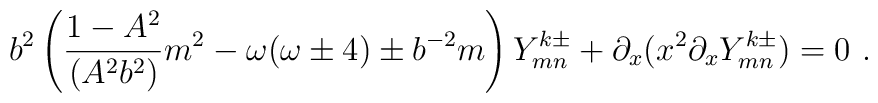
b^2 \left( \frac{1-A^2}{(A^2b^2)}m^2-\omega(\omega \pm 4)\pm b^{-2}m \right) Y^{k\pm}_{mn} +\partial_x(x^2 \partial_x Y^{k\pm}_{mn} ) = 0 \ .